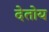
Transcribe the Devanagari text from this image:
देतोय